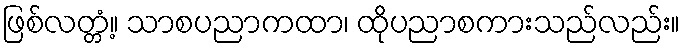
ဖြစ်လတ္တံ့။ သာစပညာကထာ၊ ထိုပညာစကားသည်လည်း။